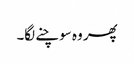
پھر وہ سوچنے لگا۔